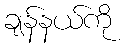
ချန်နယ်ကို